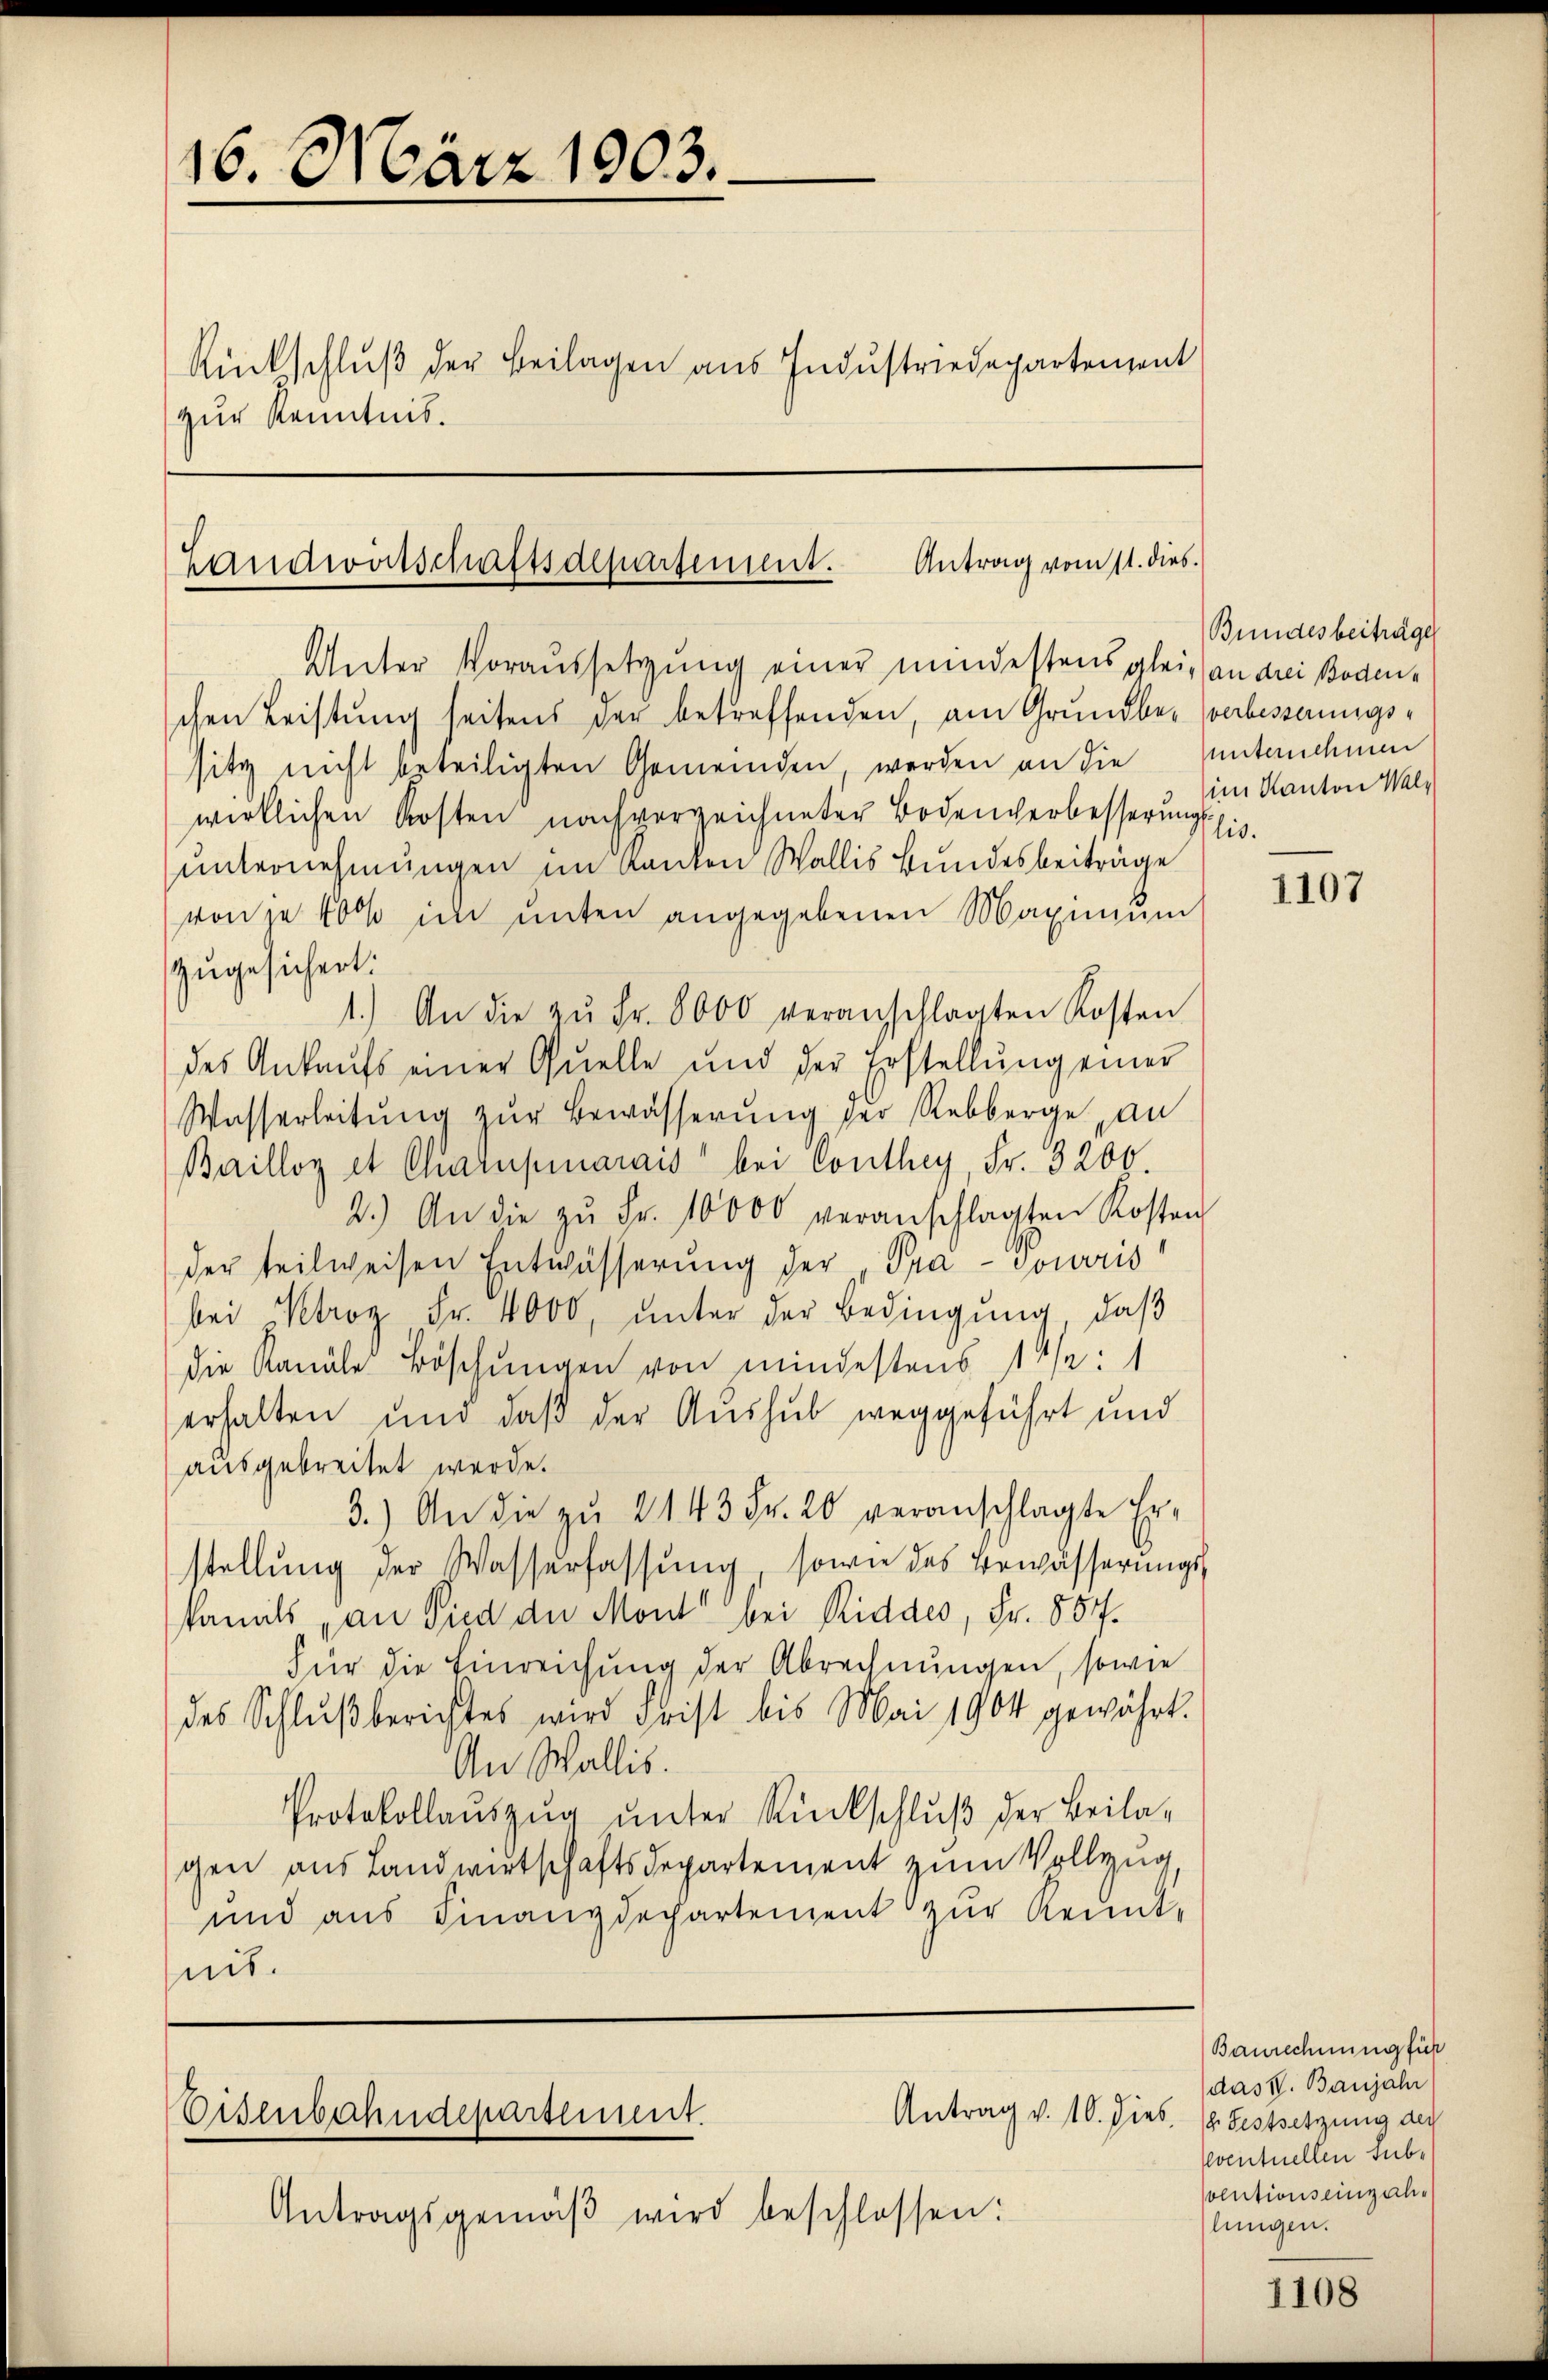
16. März 1903.

zur Kenntnis.

Rückschluß der Beilagen aus Industriedepartement

Landwirtschaftsdepartement. Antrag vom 11. dies

Eisenbahndepartement.

Antragsgemäβ wird beschlossen:

Unter Voraussetzung einer mindestens gleich an drei Boden-
chen Leistŭng seitens der betreffenden, am Grundber verbesserungssitz nicht beteiligten Gemeinden, werden an die Unternehmen
wirklichen Kosten nachverzeichneter Bodenverbesserungslisunternehmungen im Kanton Wallis Bundesbeiträge
von je 400 im unten angegebenen Maximum
zugesichert:
1.) An die zŭ Fr. 8000 veranschlagten Kosten
des Ankaufs einer Quelle und der Erstellung einer
Wasserleitŭng zŭr Bewässerŭng der Rebberge an
Bailloy et Charupinarais bei Conthey, Fr. 3200.
2.) An die zŭ Fr. 10000 veranschlagten Kosten
der teilweisen Entwässerung der Pra-Touris
bei Petrog Fr. 4000, ŭnter der Bedingŭng, daβ
die Kanäle Böschungen von mindestens 14/2:1
erhalten und daß der Aushub weggeführt und
ausgebreitet werde.
3.) An die zŭ 2143 Fr. 20 veranschlagte Erstellŭng der Wasserfassŭng sowie des Bewässerungskamts an Sied der Mont bei Riddes, Fr. 857.
Für die Einreichung der Abrechnungen, sowie
des Schlußberichtes wird Frist bis Mai 1904 gewährt.
An Wallis.
Protokollauszug unter Rückschluß der Beilagen aus Landwirtschaftsdepartement zum Vollzug
und aus Finanzdepartement zur Kennt-
nit.

Antrag v. 10. dies. 1. Festsetzung der

Bundesbeiträge
im Kanton Wal¬

1107

Baurechnung für
das IV. Banjahr
lventuellen subr
olutions einzah
lungen.

1108